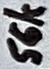
Text: 56k